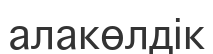
алакөлдік